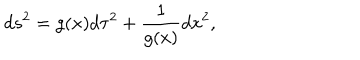
LaTeX: d s ^ { 2 } = g ( x ) d \tau ^ { 2 } + { \frac { 1 } { g ( x ) } } d x ^ { 2 } ,